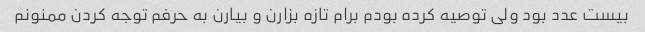
بیست عدد بود ولی توصیه کرده بودم برام تازه بزارن و بیارن به حرفم توجه کردن ممنونم